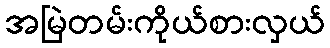
အမြဲတမ်းကိုယ်စားလှယ်